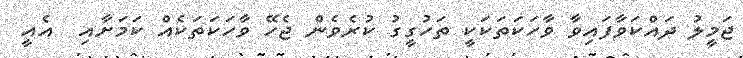
ޖަމީލު ދައްކަވާފައިވާ ވާހަކަތަކަކީ ތަހުގީގު ކުރެވެން ޖެހޭ ވާހަކަތަކެއް ކަމަށާއި  އެއީ